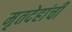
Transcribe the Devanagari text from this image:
मृतदेहांची